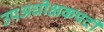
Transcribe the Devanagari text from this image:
उपअधीक्षकपदी